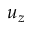
u _ { z }